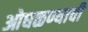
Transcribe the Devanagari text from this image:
ओघळण्याची